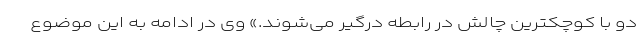
دو با کوچکترین چالش در رابطه درگیر می‌شوند.» وی در ادامه به این موضوع